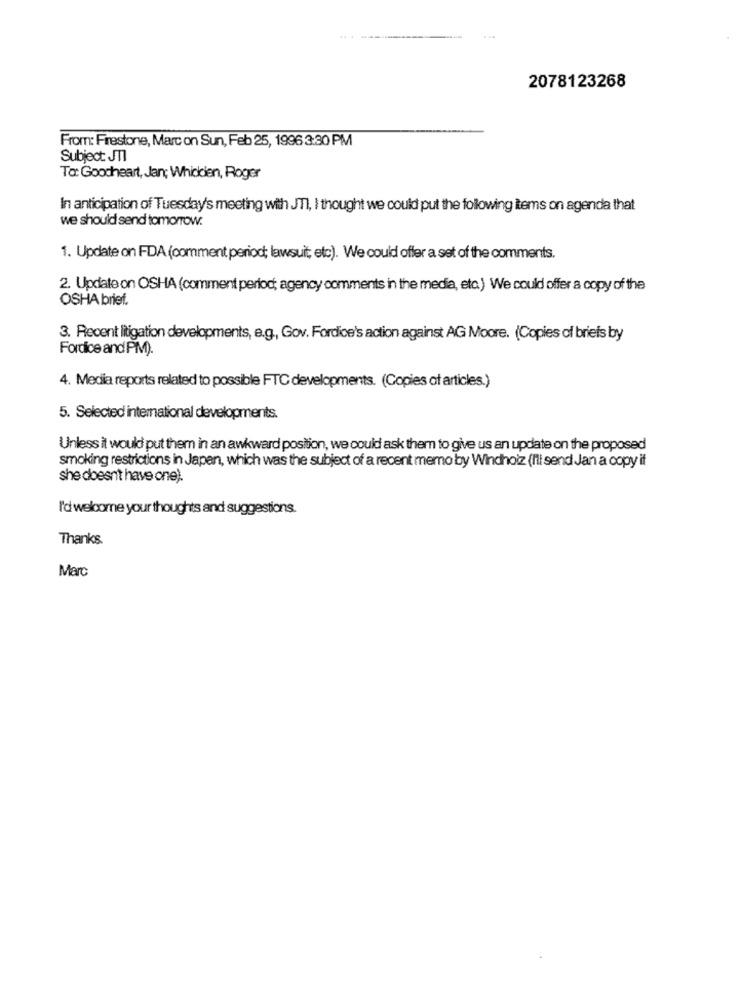
2078123268
From: Firestone, Marc on Sun, Feb 25, 1996 3:30 PM
Subject JT
To: Goodheart, Jan; Whichden, Roger
In anticipation of Tuesday's meeting with JTI, I thought we could put the following items on agenda that
we should send tomorrow.
1. Update on FDA (comment period; lawsuit; etc). We could offer a set of the comments.
2. Update on OSHA (comment period; agency comments in the media, etc.) We could offer a copy of the
OSHA brief.
3. Recent litigation developments, e.g ., Gov. Fordice's action against AG Moore. (Copies of briefs by
Fordice and PM).
4. Media reports related to possible FTC developments. (Copies of articles.)
5. Selected international developments.
Unless it would put them in an awkward position, we could ask them to give us an update on the proposed
smoking restrictions in Japan, which was the subject of a recent memo by Windhoiz (I'll send Jan a copy if
she doesn't have one).
I'd welcome your thoughts and suggestions.
Thanks
Marc